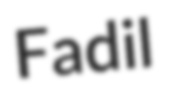
Fadil